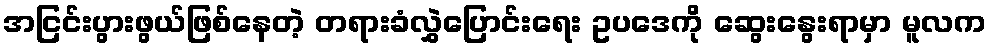
အငြင်းပွားဖွယ်ဖြစ်နေတဲ့ တရားခံလွှဲပြောင်းရေး ဥပဒေကို ဆွေးနွေးရာမှာ မူလက